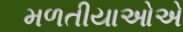
મળતીયાઓએ